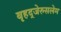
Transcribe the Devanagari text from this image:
बृहद्‌जेरुसलेम